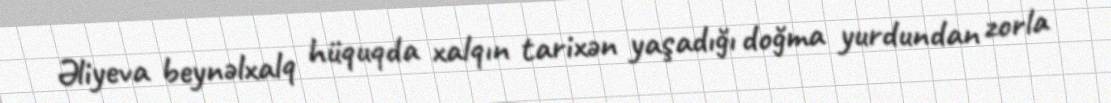
Əliyeva beynəlxalq hüquqda xalqın tarixən yaşadığı doğma yurdundan zorla